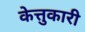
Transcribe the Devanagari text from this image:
केत्तुकारी